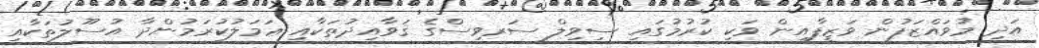
އަދި މުވައްޒަފުން ވަޒީފާއިން ވަކި ކުރުމުގައި ސިވިލް ސަރވިސްގެ ޤަވާއިދުތަކާއި ޢަމަލުކުރަމުންދާ އުސޫލުތަކާއި